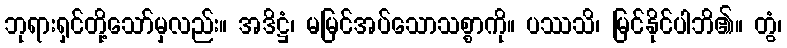
ဘုရားရှင်တို့သော်မှလည်း။ အဒိဋ္ဌံ၊ မမြင်အပ်သောသစ္စာကို။ ပဿသိ၊ မြင်နိုင်ပါဘိ၏။ တွံ၊